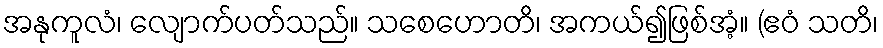
အနုကူလံ၊ လျောက်ပတ်သည်။ သစေဟောတိ၊ အကယ်၍ဖြစ်အံ့။ (ဧဝံ သတိ၊